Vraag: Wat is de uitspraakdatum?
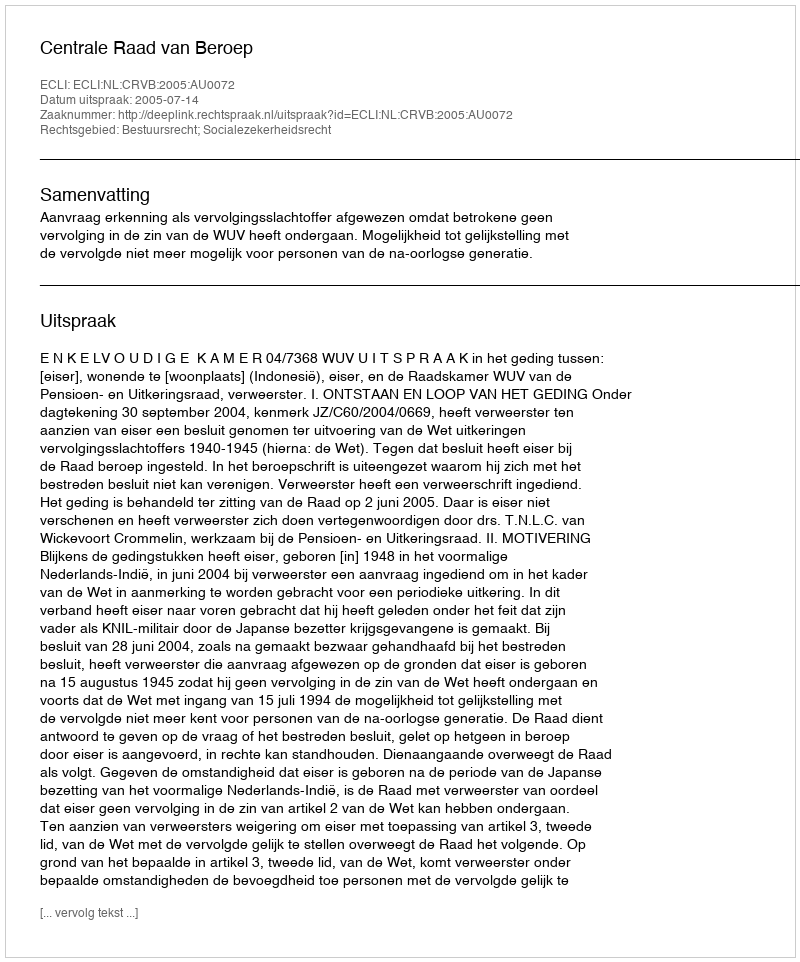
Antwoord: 2005-07-14